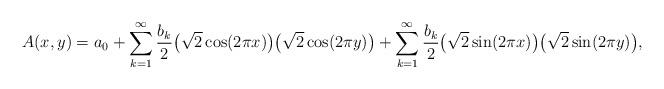
LaTeX: \begin{align*} A(x,y)=a_0+\sum_{k=1}^\infty \frac{b_k}{2} \big(\sqrt{2}\cos(2\pi x)\big)\big(\sqrt{2}\cos(2\pi y)\big)+\sum_{k=1}^\infty \frac{b_k}{2} \big(\sqrt{2}\sin(2\pi x)\big)\big(\sqrt{2}\sin(2\pi y)\big), \end{align*}